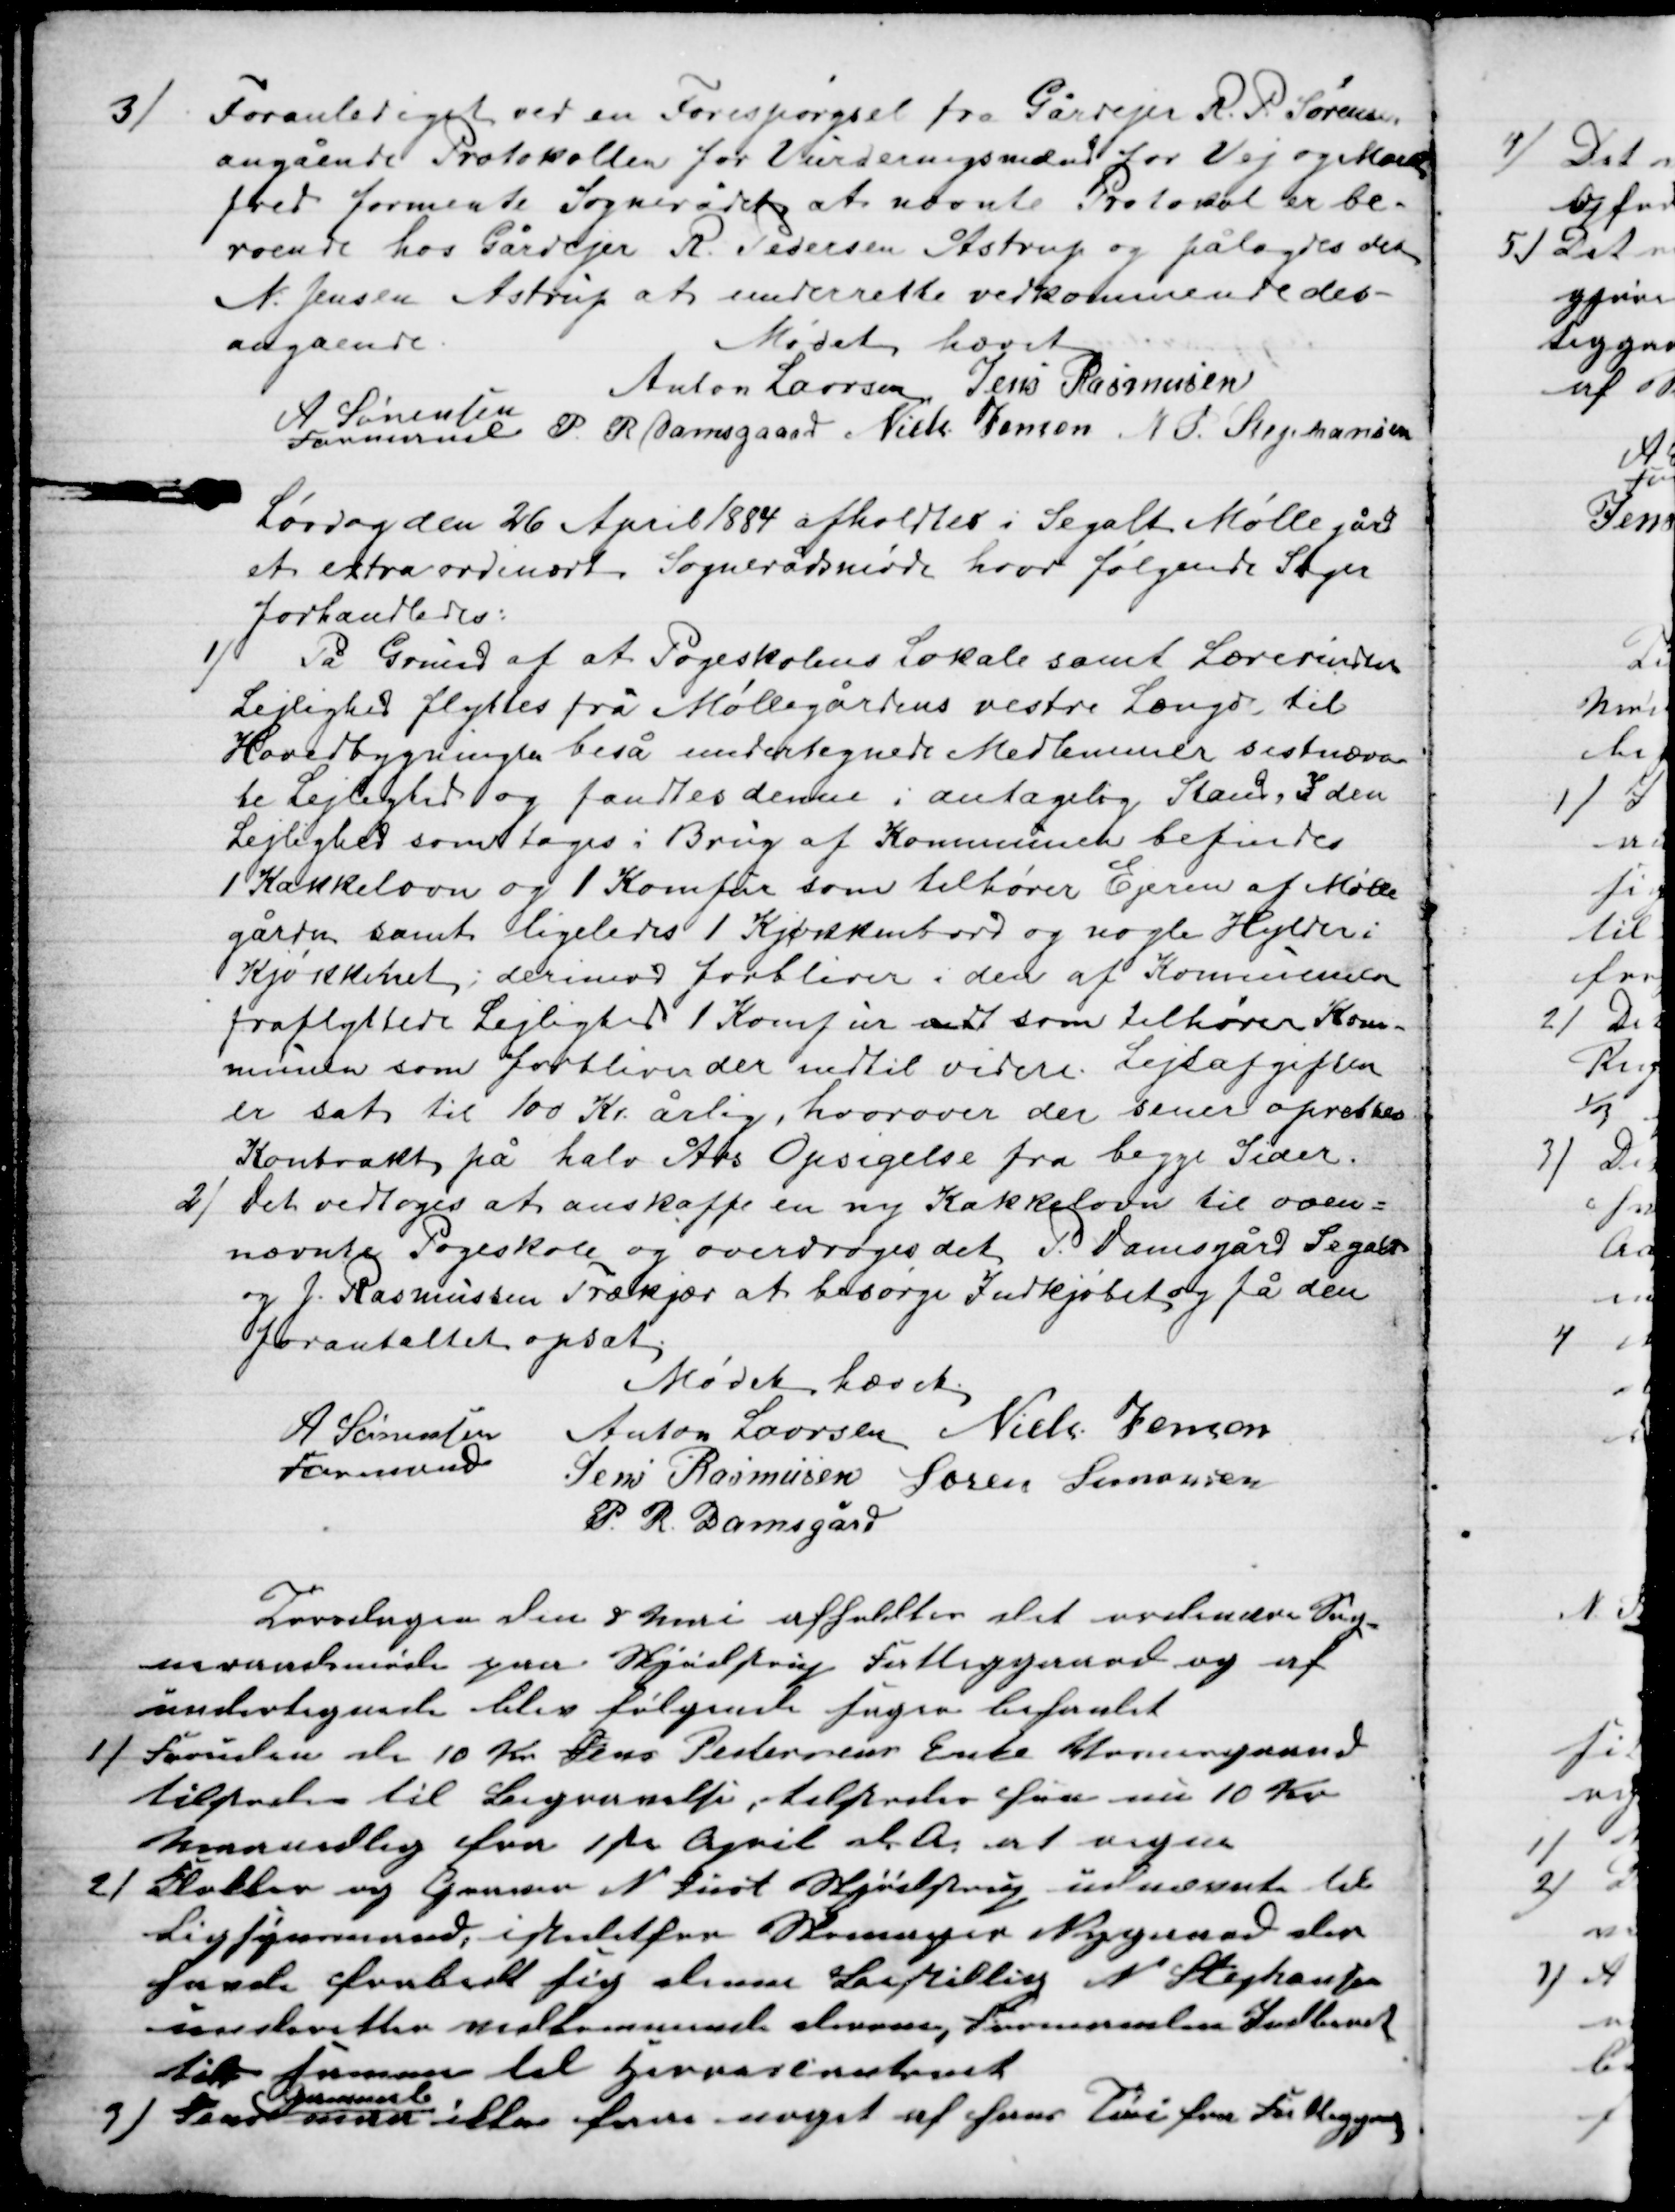
Transskription:
3)
Foranlediget ved en Forespørgsel fra Gårdejer R. P. Sørensen
angående Protokollen for Vurderingsmænd for Vej og Mark-
fred formente Sognerådet at nævnte Protokol er be-
roende hos Gårdejer R. Pedersen Åstrup og pålagdes det
N. Jensen Astrup at underrette vedkommende des-
angaende.
Mødet hævet
Anton Laursen Jens Rasmusen
A Sørensen
Formand
P. R. Damsgaard Niels Jensen N. P. Stephansen
Lørdag den 26 April 1884 afholdtes i Segalt Møllegård
et extraordinært Sognerådsmøde hvor følgende Sager
forhandledes:
1) På Grund af at Pogeskolens Lokale samt Lærerindens
Lejlighed flyttes fra Møllegardens vestre Længe til
Hovedbygningen beså undertegnede Medlemmer sistnævn-
te Lejlighed og fandtes denne i antagelig Stand, I den
Lejlighed som tages i Brug af Kommunen befindes
1 Kakkelovn og 1 Komfur som tilhører Ejeren af Mølle
gården samt ligeledes 1 Kjøkkenbord og nogle Hylder i
Kjøkkenet, derimod forbliver i den af Kommunen
fraflyttede Lejlighed 1 Komfur vedt som tilhører Kom-
munen som forbliver der indtil videre. Lejeafgiften
er sat til 100 Kr. årlig, hvorover der sener oprettes
Kontrakt på halv Års Opsigelse fra begge Sider.
2)
Det vedtoges at anskaffe en ny Kakkelovn til oven=
nævnte Pogeskole og overdroges det P. Damsgård Segalt
og J. Rasmussen Trækjær at besørge Indkjøbet og få den
foranstaltet opsat.
Mødet hævet
A Sørensen
Formand
Anton Laursen Niels Jensen
Jens Rasmusen Søren Simonsen
P. R. Damsgård
Torsdagen den 8 Mai afholdtes det ordinære Sog-
neraadsmøde paa Skjødstrup Fattiggaard og af
undertegnede blev følgende Sager behanlet
1) Foruden de 10 Kr Jens Pedersens Enke Vosnesgaard
tilstodes til Begravelse, tilstodes hun nu 10 Kr
Maanedlig fra 1ste April d. A. at regne
2) Klokker og Graver N Just Skjødstrup udnævnts til
Ligsynsmand, istedetfor Skomager Nygaard der
havde frabedt sig denne Bestilling N. Stephansen
underetter velkommende derom, Formanden Indberet
ter samme til Herredcontoret
3) Jens 
Gammel
maa ikke faa noget af hans Tøi fra Fattigaard